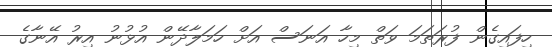
ހިފައިގެން ފުރަތަމަ ވަތް މިހާ އަނަސް އަށް ހަމަލާދޭން އުޅުނު އިރު އޭނާގެ